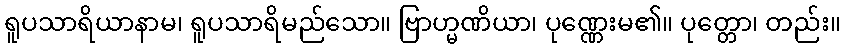
ရူပသာရိယာနာမ၊ ရူပသာရိမည်သော။ ဗြာဟ္မဏိယာ၊ ပုဏ္ဏေးမ၏။ ပုတ္တော၊ တည်း။